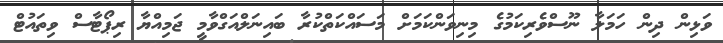
ވަޅިން ދިން ހަމަލާ ނޫސްވެރިކަމުގެ މިނިވަންކަމަށް މަސައްކަތްކުރާ ބައިނަލްއަގްވާމީ ޖަމިއްޔާ ރިޕޯޓާސް ވިތައުޓް